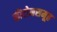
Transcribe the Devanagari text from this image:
कीटोनसमूह